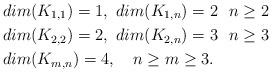
LaTeX: \begin{align*}&dim(K_{1,1})=1, \,\,dim(K_{1,n})=2\,\, \,\, n\ge 2\\&dim(K_{2,2})=2, \,\,dim(K_{2,n})=3\,\, \,\, n\ge 3\\&dim(K_{m,n})=4, \,\,\,\,\,\, n\ge m\ge 3.\end{align*}